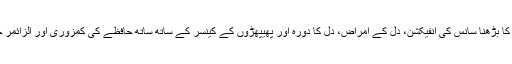
ہم جانتے ہیں کہ فضائی آلودگی کا بڑھنا سانس کی انفیکشن، دل کے امراض، دل کا دورہ اور پھیپھڑوں کے کینسر کے ساتھ ساتھ حافظے کی کمزوری اور الزائمر جیسے امراض کا باعث بنتا ہے۔